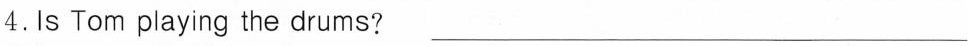
4.Is Tom playing the drums ? ___